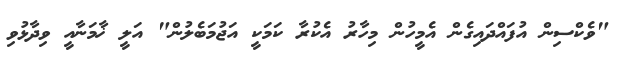
"ވެކްސިން އުފައްދައިގެން އެމީހުން މިހާރު އެކުރާ ކަމަކީ އަޖުމަބެލުން" އަލީ ޚާމަނާއީ ވިދާޅުވި